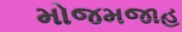
મોજમજાહ